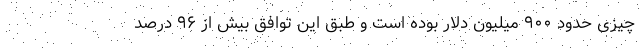
چیزی حدود ۹۰۰ میلیون دلار بوده است و طبق این توافق بیش از ۹۶ درصد